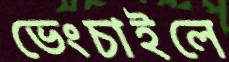
ভেংচাইলে